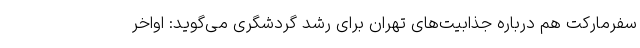
سفرمارکت هم درباره جذابیت‌های تهران برای رشد گردشگری می‌گوید: اواخر